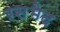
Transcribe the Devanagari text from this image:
रसभेद